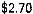
$2.70